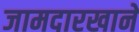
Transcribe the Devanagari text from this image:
जामदारखाने